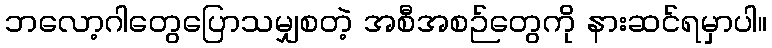
ဘလော့ဂါတွေပြောသမျှစတဲ့ အစီအစဉ်တွေကို နားဆင်ရမှာပါ။